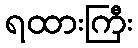
ရထားကြီး